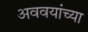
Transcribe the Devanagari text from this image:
अववयांच्या